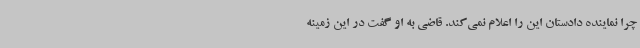
چرا نماینده دادستان این را اعلام نمی‌کند. قاضی به او گفت در این زمینه